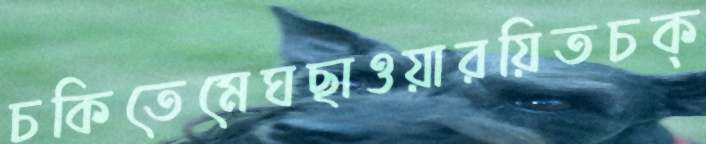
চকিতেমেঘছাওয়ারয়িতচক্